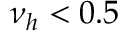
\nu _ { h } < 0 . 5